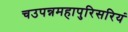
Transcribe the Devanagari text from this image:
चउपन्नमहापुरिसरियं